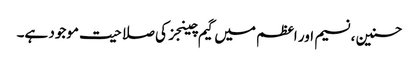
حسنین ، نسیم اور اعظم میں گیم چینجز کی صلاحیت موجود ہے۔